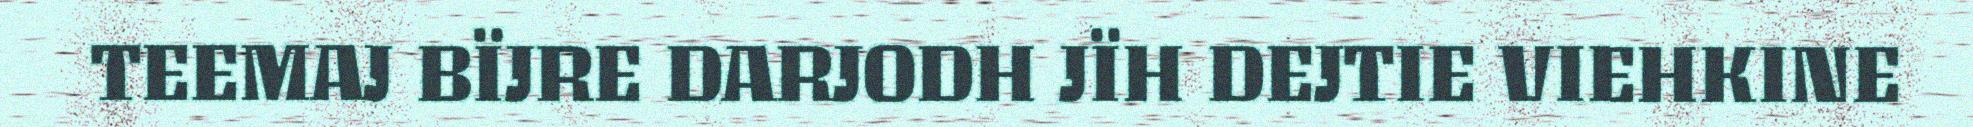
TEEMAJ BÏJRE DARJODH JÏH DEJTIE VIEHKINE